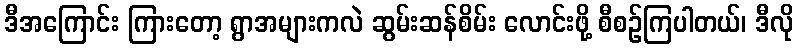
ဒီအကြောင်း ကြားတော့ ရွာအများကလဲ ဆွမ်းဆန်စိမ်း လောင်းဖို့ စီစဉ်ကြပါတယ်၊ ဒီလို